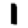
Digit: 1